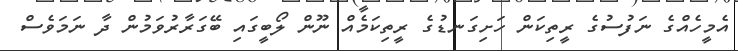
އެމީހެއްގެ ނަފުސުގެ ރީތިކަން ހަށިގަނޑުގެ ރީތިކަމެއް ނޫން ލޯބީގައި ބޭގަރާރުވަމުން ދާ ނަމަވެސް